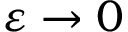
\varepsilon \to 0